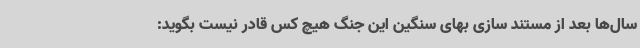
سال‌ها بعد از مستند سازی بهای سنگین این جنگ هیچ کس قادر نیست بگوید: